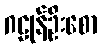
ဂဠုန်ဦးစော